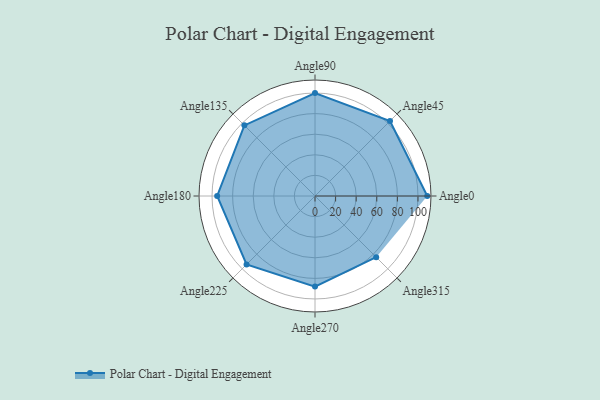
{"axis": {"x": "Angle", "y": "Radius"}, "legend": [""], "data": [{"x": "Angle0", "y": 109.0, "type": ""}, {"x": "Angle45", "y": 103.0, "type": ""}, {"x": "Angle90", "y": 100.0, "type": ""}, {"x": "Angle135", "y": 97.0, "type": ""}, {"x": "Angle180", "y": 95.0, "type": ""}, {"x": "Angle225", "y": 94.0, "type": ""}, {"x": "Angle270", "y": 88.0, "type": ""}, {"x": "Angle315", "y": 84.0, "type": ""}]}